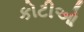
કોટીઓ